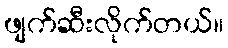
ဖျက်ဆီးလိုက်တယ်။